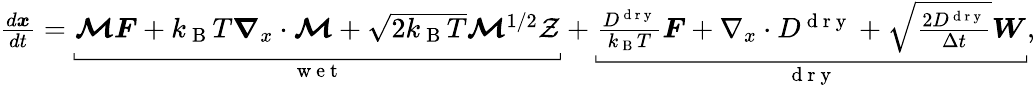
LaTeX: \begin{array}{r}{\frac{d\boldsymbol{x}}{dt}=\underbracket[0.4pt][2pt]{\boldsymbol{\mathcal{M}}\boldsymbol{F}+k_{\mathrm{~B~}}T\boldsymbol{\nabla}_{x}\cdot\boldsymbol{\mathcal{M}}+\sqrt{2k_{\mathrm{~B~}}T}\boldsymbol{\mathcal{M}}^{1/2}\mathcal{Z}\vphantom{\frac{D^{\mathrm{dry}}}{k_{\mathrm{~B~}}T}\boldsymbol{F}}}_{\mathrm{~w~e~t~}}+\underbracket[0.4pt][2pt]{\frac{D^{\mathrm{~d~r~y~}}}{k_{\mathrm{~B~}}T}\boldsymbol{F}+\nabla_{x}\cdot D^{\mathrm{~d~r~y~}}+\sqrt{\frac{2D^{\mathrm{~d~r~y~}}}{\Delta t}}\boldsymbol{W}}_{\mathrm{~d~r~y~}},}\end{array}